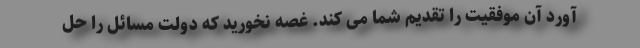
آورد آن موفقیت را تقدیم شما می کند. غصه نخورید که دولت مسائل را حل